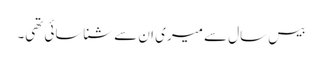
بیس سال سے میری ان سے شناسائی تھی۔